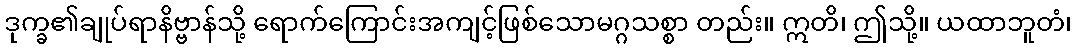
ဒုက္ခ၏ချုပ်ရာနိဗ္ဗာန်သို့ ရောက်ကြောင်းအကျင့်ဖြစ်သောမဂ္ဂသစ္စာ တည်း။ ဣတိ၊ ဤသို့။ ယထာဘူတံ၊